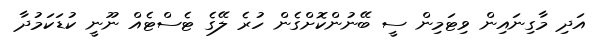
އަދި މާގިނައިން ވިޓަމިން ސީ ބޭނުންކޮށްގެން ހުރެ ލޭގެ ޓެސްޓެއް ނޫނީ ކުޑަކަމުދާ